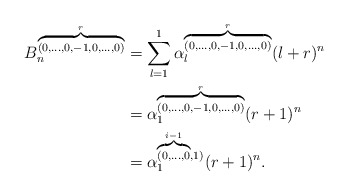
\begin{align*}B_n^{\overbrace{\scriptstyle{(0,\ldots,0,-1,0,\ldots,0)}}^r}&=\displaystyle \sum_{l=1}^{1} {\alpha}_l^{\overbrace{\scriptstyle{(0,\ldots,0,-1,0,\ldots,0)}}^r}(l+r)^n\\&={\alpha}_1^{\overbrace{\scriptstyle{(0,\ldots,0,-1,0,\ldots,0)}}^r} (r+1)^n\\&={\alpha}_1^{\overbrace {\scriptstyle{(0,\ldots,0}}^{i-1},1)} (r+1)^n.\end{align*}